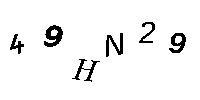
49HN29